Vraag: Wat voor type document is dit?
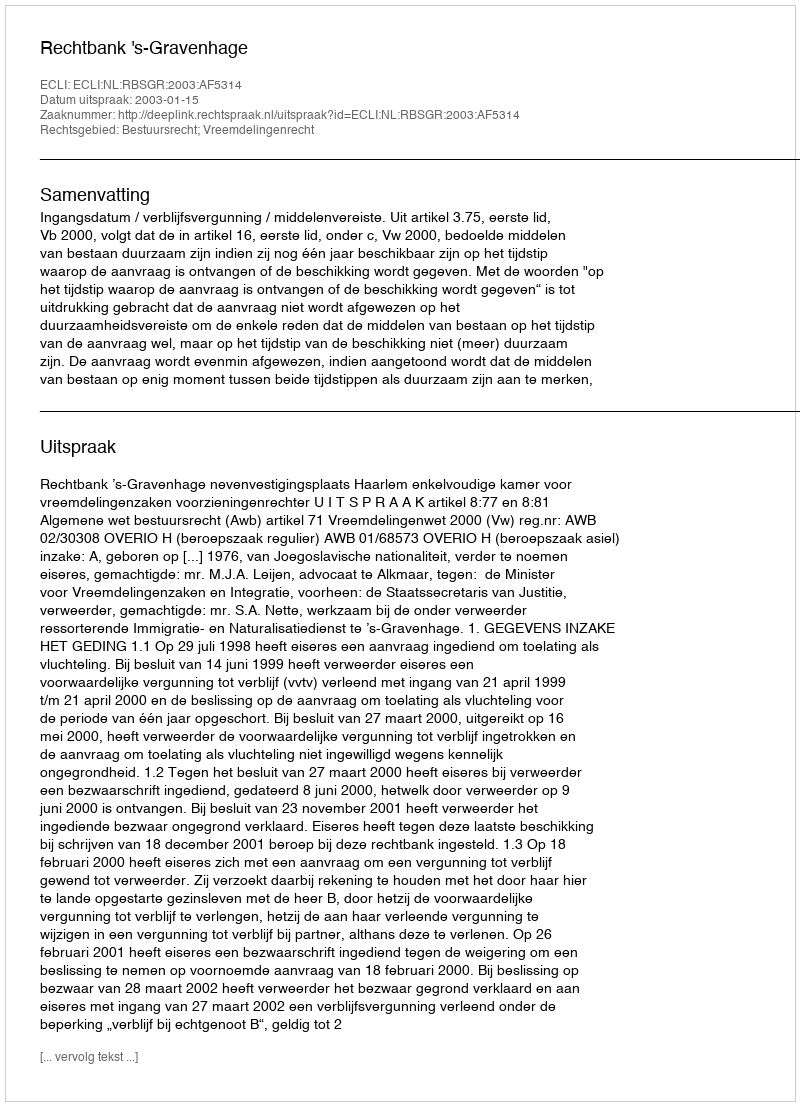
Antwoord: Uitspraak